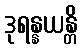
ဒုရန္နယန္တိ